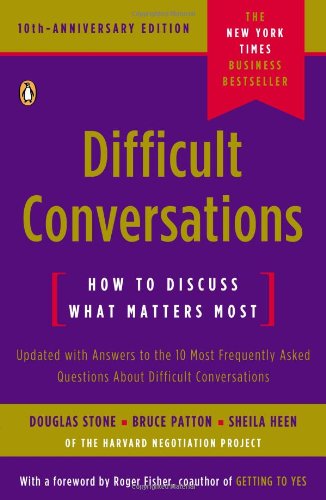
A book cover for Difficult Conversations: How to Discuss What Matters Most; Douglas Stone; Self-Help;